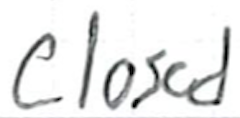
Text: closed
Cross-out: clean
Writing tool: ballpoint